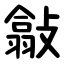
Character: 㪧